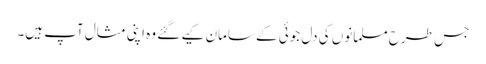
جس طرح مسلمانوں کی دل جوئی کے سامان کیے گئے وہ اپنی مثال آپ ہیں۔